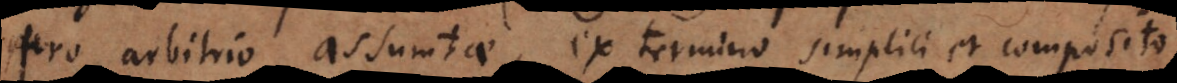
pro arbitrio assumtae, ex termino simplici et composito